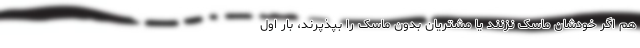
هم اگر خودشان ماسک نزنند یا مشتریان بدون ماسک را بپذپرند، بار اول